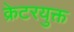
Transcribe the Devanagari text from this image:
क्रेटरयुक्त